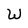
Character: W